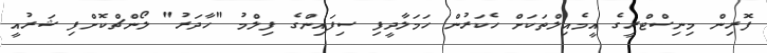
ފޮރިން މިނިސްޓްރީގެ އީމެއިލްތަކަށް ހެކަރުން ހަމަލާދީފި ސިފައިންގެ ފިލްމު "ހާދަރު" ލޯންޗްކޮށްފި ޝަރުއީ